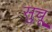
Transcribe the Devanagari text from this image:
सुचू